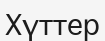
Хүттер